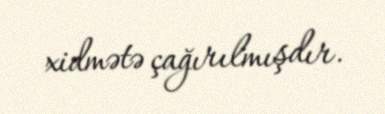
xidmətə çağırılmışdır.